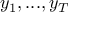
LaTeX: y _ { 1 } , . . . , y _ { T }